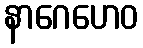
နာဂေဟေဝ